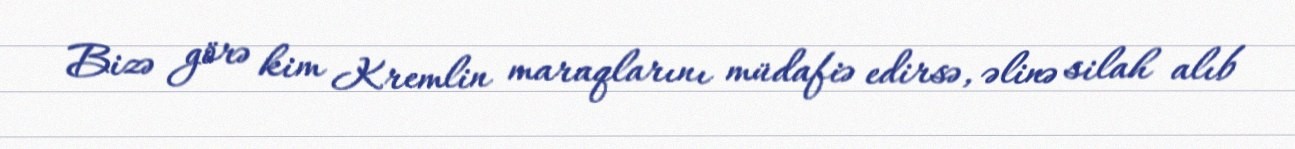
Bizə görə kim Kremlin maraqlarını müdafiə edirsə, əlinə silah alıb